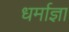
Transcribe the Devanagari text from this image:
धर्माज्ञा